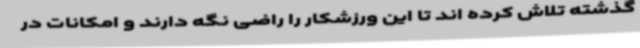
گذشته تلاش کرده اند تا این ورزشکار را راضی نگه دارند و امکانات در